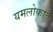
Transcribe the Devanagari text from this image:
यमलोकात